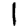
Digit: 1